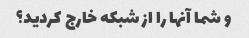
و شما آنها را از شبکه خارج کردید؟